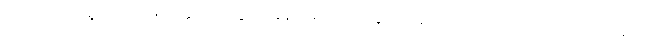
ဝင်သက်ကို ရှူသည့်ခဏ၌ နှလုံးသွေးအခုန် ငြိမ်သက် သွားအောင် အလေ့အကျင့် ပြုလုပ်သည်။